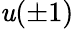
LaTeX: \mathit{u}(\pm1)